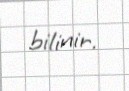
bilinir.